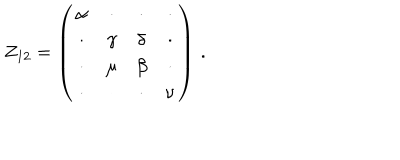
Z _ { 1 2 } = \left( \begin{array} { c c c c } { { \alpha } } & { { \cdot } } & { { \cdot } } & { { \cdot } } \\ { { \cdot } } & { { \gamma } } & { { \delta } } & { { \cdot } } \\ { { \cdot } } & { { \mu } } & { { \beta } } & { { \cdot } } \\ { { \cdot } } & { { \cdot } } & { { \cdot } } & { { \nu } } \\ \end{array} \right) \, .